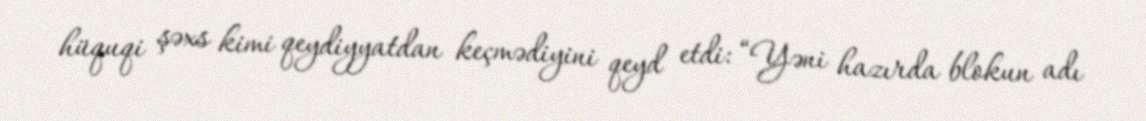
hüquqi şəxs kimi qeydiyyatdan keçmədiyini qeyd etdi: “Yəni hazırda blokun adı